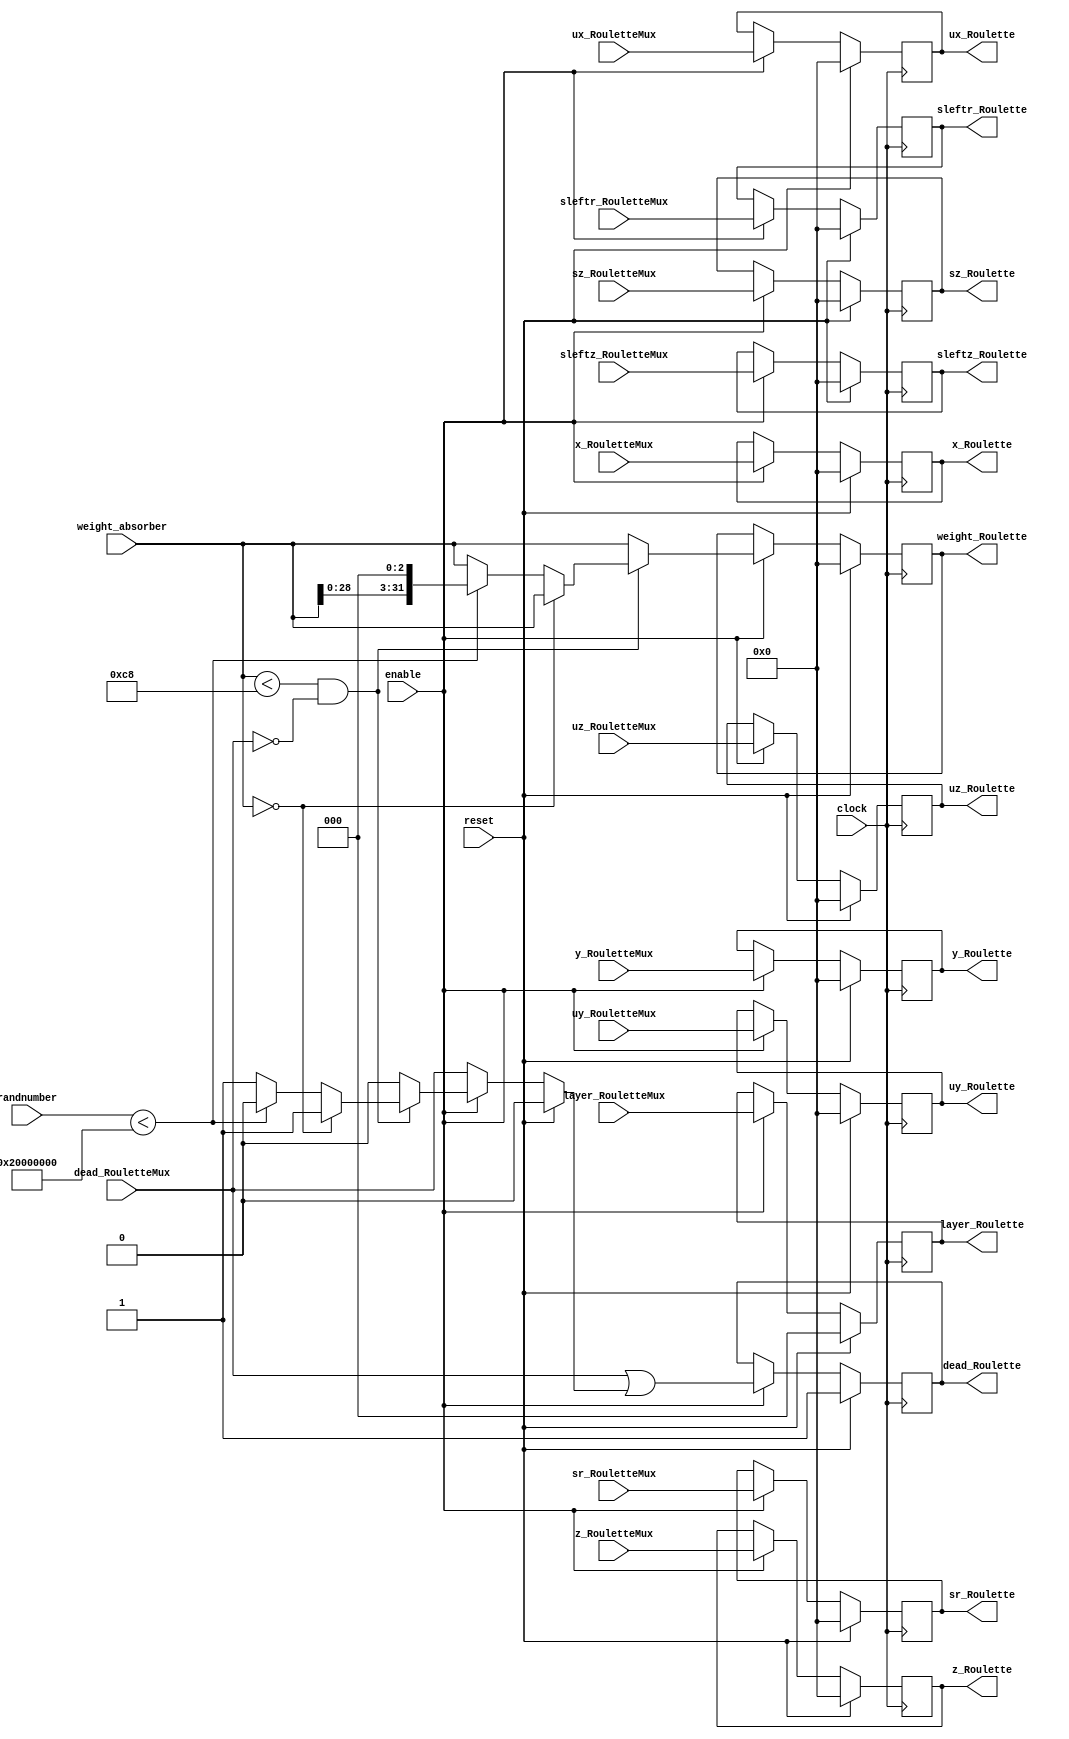
`define TRIG_WIDTH 5'b01010 //10;
`define PIPELINE_DEPTH_UPPER_LIMIT 10'b0100000000 //256;
`define ABSORB_ADDR_WIDTH 6'b010000 //16;
`define ABSORB_WORD_WIDTH 7'b01000000 //64;
`define WSCALE 22'b0111010100101111111111 //1919999;
//`define BIT_WIDTH 7'b0100000
//`define LAYER_WIDTH 6'b000011 
`define LEFTSHIFT 6'b000011         // 2^3=8=1/0.125 where 0.125 = CHANCE of roulette
`define INTCHANCE 32'b00100000000000000000000000000000 //Based on 32 bit rand num generator
`define MIN_WEIGHT 9'b011001000 
`define BIT_WIDTH 7'b0100000
`define LAYER_WIDTH 6'b000011
`define INTMAX 32'b01111111111111111111111111111111
`define INTMIN 32'b10000000000000000000000000000000
`define DIVIDER_LATENCY 6'b011110
`define FINAL_LATENCY 6'b011100
`define MULT_LATENCY 1'b1
`define ASPECT_RATIO 6'b000111
`define TOTAL_LATENCY 7'b0111100
//`define BIT_WIDTH 6'b100000
//`define LAYER_WIDTH 6'b000011
`define LOGSCALEFACTOR 6'b000101
`define MAXLOG 32'b10110001011100100001011111110111		//Based on 32 bit unsigned rand num generator
`define CONST_MOVE_AMOUNT 15'b110000110101000  //Used for testing purposes only
`define MUTMAX_BITS 6'b001111
//`define BIT_WIDTH 6'b100000
//`define LAYER_WIDTH 6'b000011
//`define INTMAX 32'b01111111111111111111111111111111
//`define INTMIN 32'b10000000000000000000000000000000
//`define BIT_WIDTH 7'b0100000
`define MANTISSA_PRECISION 6'b001010
`define LOG2_BIT_WIDTH 6'b000110
`define LOG2 28'b0101100010111001000010111111
`define NR 10'b0100000000             
`define NZ 10'b0100000000              
`define NR_EXP 5'b01000              //meaning `NR=2^`NR_exp or 2^8=256
`define RGRID_SCLAE_EXP 6'b010101    //2^21 = RGRID_SCALE
`define ZGRID_SCLAE_EXP 6'b010101    //2^21 = ZGRID_SCALE
//`define BIT_WIDTH 7'b0100000
`define BIT_WIDTH_2 8'b01000000
`define WORD_WIDTH 8'b01000000
`define ADDR_WIDTH 6'b010000          //256x256=2^8*2^8=2^16
`define DIV 6'b010100//20;
`define SQRT 5'b01010 //10;
`define LAT 7'b0100101 //DIV + SQRT + 7;
`define INTMAX_2 {32'h3FFFFFFF,32'h00000001}
//`define INTMAX 32'b01111111111111111111111111111111//2147483647;
//`define INTMIN 32'b10000000000000000000000000000001//-2147483647;
`define INTMAXMinus3 32'b01111111111111111111111111111100//2147483644;
`define negINTMAXPlus3 32'b10000000000000000000000000000100//-2147483644;
`define INTMAX_2_ref {32'h3FFFFFFF,32'hFFFFFFFF}
`define SIMULATION_MEMORY

module Roulette ( //INPUTS
                     clock, reset, enable, 
                     x_RouletteMux, y_RouletteMux, z_RouletteMux,  
                     ux_RouletteMux, uy_RouletteMux, uz_RouletteMux, 
                     sz_RouletteMux, sr_RouletteMux, 
                     sleftz_RouletteMux, sleftr_RouletteMux, 
                     layer_RouletteMux, weight_absorber, dead_RouletteMux, 
			
		     //From Random Number Generator in Skeleton.v	
		     randnumber,
                     
                     //OUTPUTS
                     x_Roulette, y_Roulette, z_Roulette,
                     ux_Roulette, uy_Roulette, uz_Roulette, 
                     sz_Roulette, sr_Roulette, 
                     sleftz_Roulette, sleftr_Roulette, 
                     layer_Roulette, weight_Roulette, dead_Roulette
                     ); 

//parameter BIT_WIDTH=32;
//parameter LAYER_WIDTH=3; 

//parameter LEFTSHIFT=3;         // 2^3=8=1/0.125 where 0.125 = CHANCE of roulette
//parameter INTCHANCE=536870912; //Based on 32 bit rand num generator
//parameter MIN_WEIGHT=200; 

input clock;        
input reset;
input enable;

input [`BIT_WIDTH-1:0] x_RouletteMux;
input [`BIT_WIDTH-1:0] y_RouletteMux;
input [`BIT_WIDTH-1:0] z_RouletteMux;
input [`BIT_WIDTH-1:0] ux_RouletteMux;
input [`BIT_WIDTH-1:0] uy_RouletteMux;
input [`BIT_WIDTH-1:0] uz_RouletteMux;
input [`BIT_WIDTH-1:0] sz_RouletteMux;
input [`BIT_WIDTH-1:0] sr_RouletteMux;
input [`BIT_WIDTH-1:0] sleftz_RouletteMux;
input [`BIT_WIDTH-1:0] sleftr_RouletteMux;
input [`LAYER_WIDTH-1:0] layer_RouletteMux;
input [`BIT_WIDTH-1:0] weight_absorber;
input [`BIT_WIDTH-1:0] randnumber;
input dead_RouletteMux;
              
output [`BIT_WIDTH-1:0] x_Roulette;
output [`BIT_WIDTH-1:0] y_Roulette;
output [`BIT_WIDTH-1:0] z_Roulette;
output [`BIT_WIDTH-1:0] ux_Roulette;
output [`BIT_WIDTH-1:0] uy_Roulette;
output [`BIT_WIDTH-1:0] uz_Roulette;
output [`BIT_WIDTH-1:0] sz_Roulette;
output [`BIT_WIDTH-1:0] sr_Roulette;
output [`BIT_WIDTH-1:0] sleftz_Roulette;
output [`BIT_WIDTH-1:0] sleftr_Roulette;
output [`LAYER_WIDTH-1:0]layer_Roulette;
output [`BIT_WIDTH-1:0] weight_Roulette;
output dead_Roulette;

//------------Local Variables------------------------
reg dead_roulette; 
reg [`BIT_WIDTH-1:0] weight_roulette; 
reg [31:0] randBits;             //Hard-coded bitwidth because rng is 32-bit

//------------REGISTERED Values------------------------
reg [`BIT_WIDTH-1:0] x_Roulette;
reg [`BIT_WIDTH-1:0] y_Roulette;
reg [`BIT_WIDTH-1:0] z_Roulette;
reg [`BIT_WIDTH-1:0] ux_Roulette;
reg [`BIT_WIDTH-1:0] uy_Roulette;
reg [`BIT_WIDTH-1:0] uz_Roulette;
reg [`BIT_WIDTH-1:0] sz_Roulette;
reg [`BIT_WIDTH-1:0] sr_Roulette;
reg [`BIT_WIDTH-1:0] sleftz_Roulette;
reg [`BIT_WIDTH-1:0] sleftr_Roulette;
reg [`LAYER_WIDTH-1:0]layer_Roulette;
reg [`BIT_WIDTH-1:0] weight_Roulette;
reg dead_Roulette;
   
always @ (reset or enable or weight_absorber or randBits or randnumber or dead_RouletteMux) begin 
  	//Default case moved inside else statements for odin
	//randBits = randnumber;   //Reading from external random num generator
	//weight_roulette=weight_absorber;	//Avoid inferring a latch
	//dead_roulette=dead_RouletteMux; 
	
	if (reset) begin 
		//Local variables
		weight_roulette=0; 
		dead_roulette=0; 
		randBits=0; 
	end

	else if (enable) begin
		//Set default case
		randBits = randnumber;
		//DO ROULETTE!!!
		if (weight_absorber < `MIN_WEIGHT && !dead_RouletteMux) begin
			//Replicate Operator (same as 32'b000000..., except more flexible)			
			if (weight_absorber== {`BIT_WIDTH{1'b0}}) begin
				dead_roulette = 1;
				weight_roulette = weight_absorber;
			end
				
			else if (randBits < `INTCHANCE) begin // survived the roulette
				dead_roulette=0;
				weight_roulette=weight_absorber << `LEFTSHIFT; //To avoid mult
			end
			
			else begin
				dead_roulette=1;
				weight_roulette = weight_absorber;
			end
		end
		
		//No Roulette
		else  begin
			weight_roulette = weight_absorber;
			dead_roulette = 0;
		end
	end
	
	else //for insurance that this is default case
	begin
		randBits = randnumber;
		weight_roulette = weight_absorber;
		dead_roulette = dead_RouletteMux;
	end
end 

always @ (posedge clock) begin
	if (reset) begin
		x_Roulette <= 0;
		y_Roulette <= 0;
		z_Roulette <= 0;
		ux_Roulette <= 0;
		uy_Roulette <= 0;
		uz_Roulette <= 0;
		sz_Roulette <= 0;
		sr_Roulette <= 0;
		sleftz_Roulette <= 0;
		sleftr_Roulette <= 0;
		layer_Roulette <= 0;
		weight_Roulette <= 0;
		dead_Roulette <= 1'b1;
	end
	
	else if (enable) begin
		//Write through values from Roulette block
		dead_Roulette <= (dead_RouletteMux | dead_roulette);   //OR operator ???
		weight_Roulette <= weight_roulette; //weight_absorber.read();

		//Write through unchanged values
		x_Roulette <= x_RouletteMux;
		y_Roulette <= y_RouletteMux;
		z_Roulette <= z_RouletteMux;

		ux_Roulette <= ux_RouletteMux;
		uy_Roulette <= uy_RouletteMux;
		uz_Roulette <= uz_RouletteMux;
		sz_Roulette <= sz_RouletteMux;
		sr_Roulette <= sr_RouletteMux;
		sleftz_Roulette <= sleftz_RouletteMux;
		sleftr_Roulette <= sleftr_RouletteMux;
		layer_Roulette <= layer_RouletteMux;
	end
end

endmodule